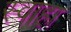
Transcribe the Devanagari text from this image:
स्‍वाहा